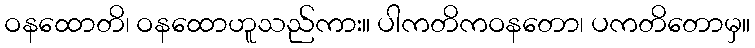
ဝနထောတိ၊ ဝနထောဟူသည်ကား။ ပါကတိကဝနတော၊ ပကတိတောမှ။